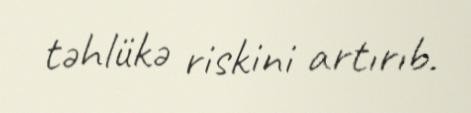
təhlükə riskini artırıb.